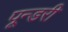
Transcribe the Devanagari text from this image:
पून्डरी